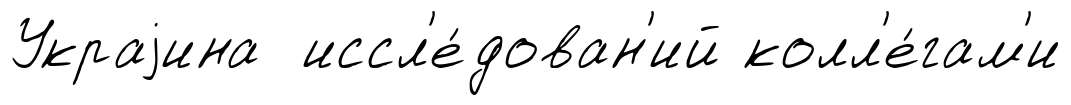
Украjина иссл'е́дован'ий колл'е́гам'и